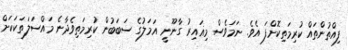
ފިއްތުންތައް ކުރިމަތިކޮށްފަ އެވެ. ނަމަވެސް މިޣައިރު ގާނޫނީ އަމަލުގެ ސަބަބުން ކުރިމަތިވެދާނެ މައްސަލަތަކަކަށް